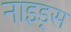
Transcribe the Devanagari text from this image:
नाइड्स